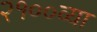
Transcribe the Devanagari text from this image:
२१००व्या